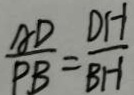
\frac { A D } { P B } = \frac { D H } { B H }